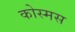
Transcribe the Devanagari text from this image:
कोस्मस